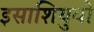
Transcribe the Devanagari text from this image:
इसाशियुवो